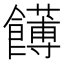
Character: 𩟛